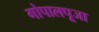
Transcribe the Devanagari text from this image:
गोपालपूजा